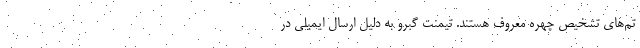
تم‌های تشخیص چهره معروف هستند. تیمنت گبرو به دلیل ارسال ایمیلی در